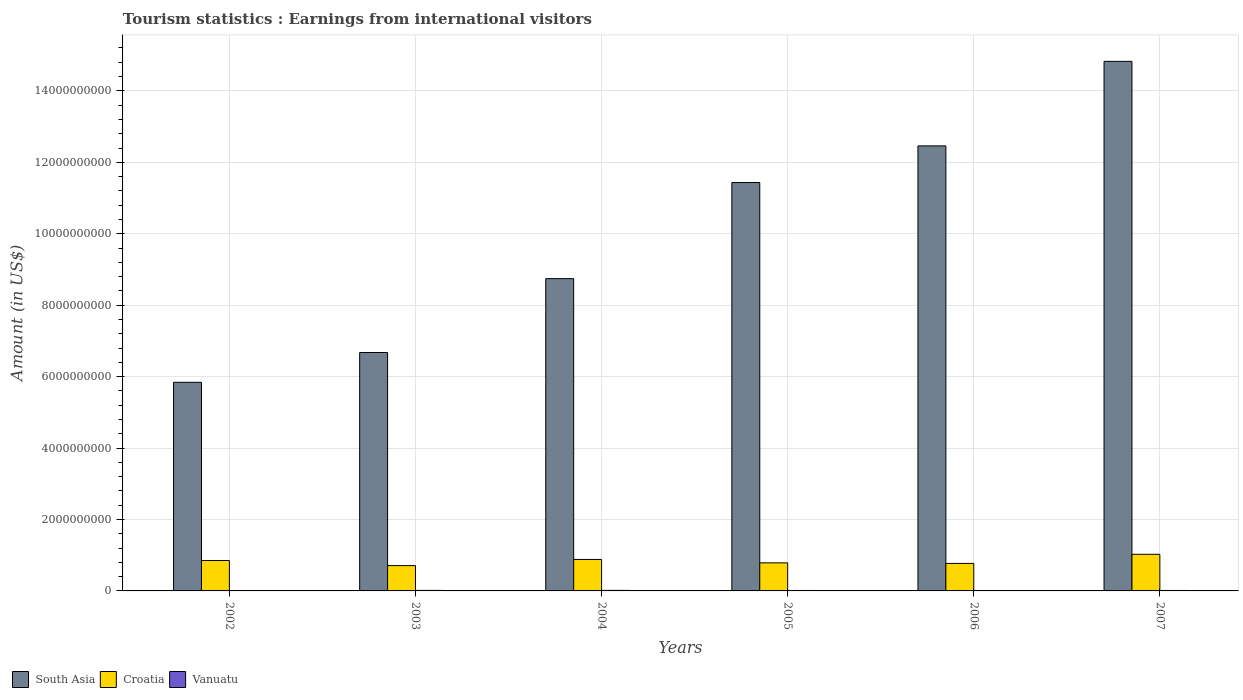
| Years | South Asia | Croatia | Vanuatu |
 | --- | --- | --- | --- |
 | 2002 | 5.84e+09 | 8.52e+08 | 1.1e+07 |
 | 2003 | 6.67e+09 | 7.09e+08 | 1.4e+07 |
 | 2004 | 8.74e+09 | 8.81e+08 | 1.5e+07 |
 | 2005 | 1.14e+10 | 7.86e+08 | 1.3e+07 |
 | 2006 | 1.25e+10 | 7.7e+08 | 1.1e+07 |
 | 2007 | 1.48e+10 | 1.02e+09 | 1.3e+07 |